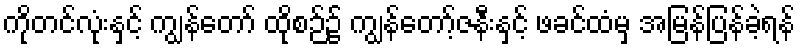
ကိုတင်လုံးနှင့် ကျွန်တော် ထိုစဉ်၌ ကျွန်တော့်ဇနီးနှင့် ဖခင်ထံမှ အမြန်ပြန်ခဲ့ရန်